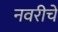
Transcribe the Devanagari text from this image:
नवरीचे